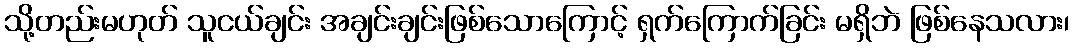
သို့တည်းမဟုတ် သူငယ်ချင်း အချင်းချင်းဖြစ်သောကြောင့် ရှက်ကြောက်ခြင်း မရှိဘဲ ဖြစ်နေသလား၊